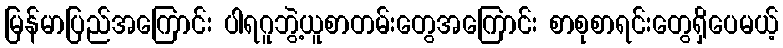
မြန်မာပြည်အကြောင်း ပါရဂူဘွဲ့ယူစာတမ်းတွေအကြောင်း စာစုစာရင်းတွေရှိပေမယ့်